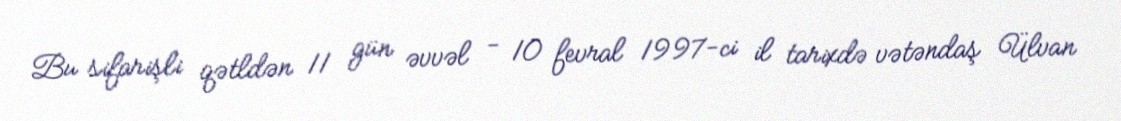
Bu sifarişli qətldən 11 gün əvvəl - 10 fevral 1997-ci il tarixdə vətəndaş Ülvan